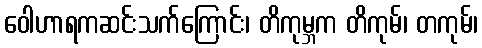
ဝေါဟာရကဆင်းသက်ကြောင်း၊ တိကုမ္ဘက တိကုမ်၊ တကုမ်၊